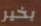
بخير